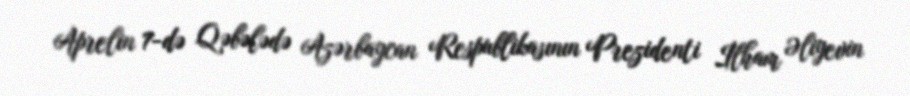
Aprelin 7-də Qəbələdə Azərbaycan Respublikasının Prezidenti İlham Əliyevin